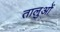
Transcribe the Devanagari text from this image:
तालुओं